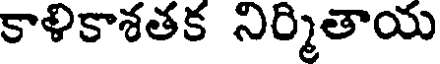
కాళికాశతక నిర్మితాయ